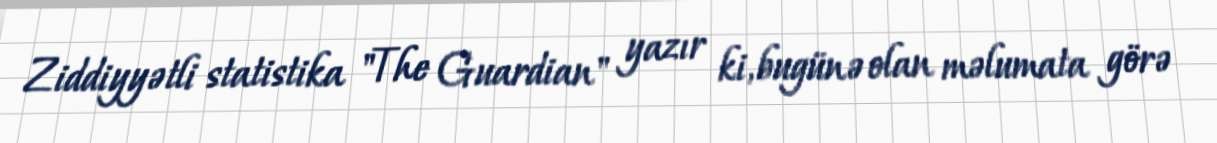
Ziddiyyətli statistika "The Guardian" yazır ki, bugünə olan məlumata görə